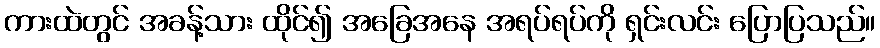
ကားထဲတွင် အခန့်သား ထိုင်၍ အခြေအနေ အရပ်ရပ်ကို ရှင်းလင်း ပြောပြသည်။